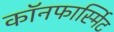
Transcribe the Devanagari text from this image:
कॉनफार्स्मिट